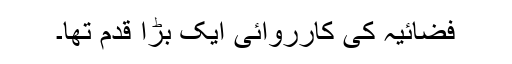
فضائیہ کی کارروائی ایک بڑا قدم تھا۔